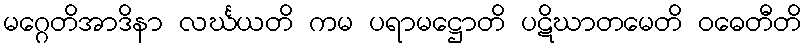
မဂ္ဂေတိအာဒိနာ လင်္ဃယတိ ကမ ပရာမဋ္ဌောတိ ပဋိဃာတမေတိ ဝဓေတီတိ